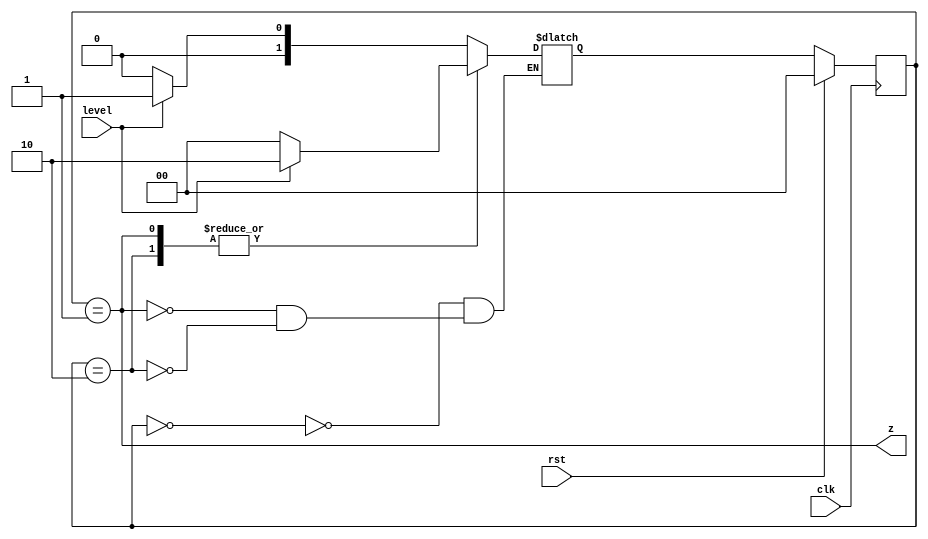
module risingEdgeDet(input clk, rst, level, output z);
    reg [1:0] state, nextstate;
    parameter [1:0] zero = 2'b00, edg = 2'b01, one = 2'b10;
    always@(level or state) begin
        case(state)
        zero: 
            if(level)
                nextstate = edg;
            else 
                nextstate = zero;
       edg: 
            if(level) 
                nextstate = one;
            else
                nextstate = zero;
       one: 
            if(level)
                nextstate = one;
            else
                nextstate = zero;
        endcase
    end
    always @(posedge clk) begin
        if(rst)
            state <= zero;
        else
            state <= nextstate;
    end
    assign z = (state == edg);
endmodule